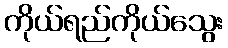
ကိုယ်ရည်ကိုယ်သွေး